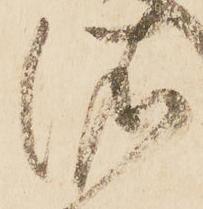
依